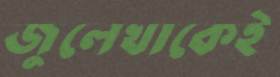
জুলেখাকেই